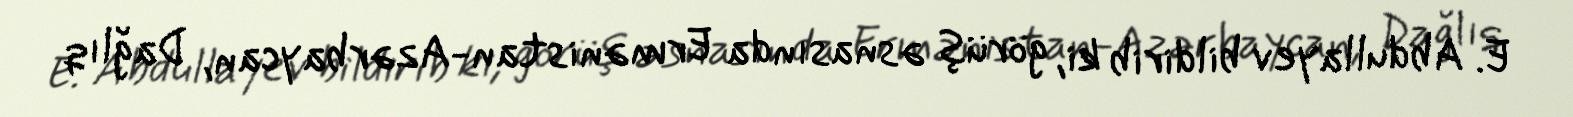
E. Abdullayev bildirib ki, görüş əsnasında Ermənistan-Azərbaycan, Dağlıq